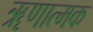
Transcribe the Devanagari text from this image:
ॠणात्मक